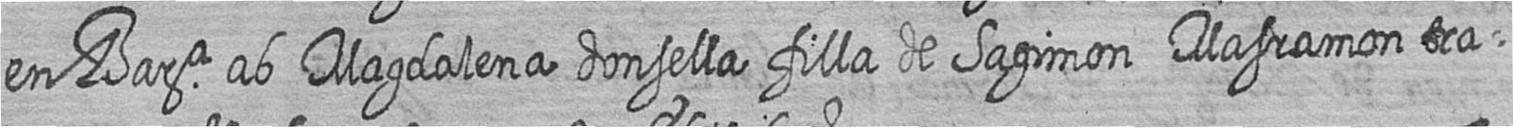
en Bara ab Magdalena donsella filla de Sagimon Masramon tra=